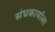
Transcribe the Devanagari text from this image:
संघकार्याला